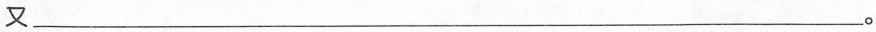
又___。